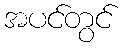
အပင်တွင်